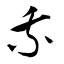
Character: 乘